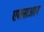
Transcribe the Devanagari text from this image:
एक्सआर